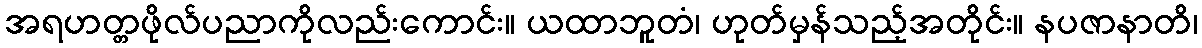
အရဟတ္တဖိုလ်ပညာကိုလည်းကောင်း။ ယထာဘူတံ၊ ဟုတ်မှန်သည့်အတိုင်း။ နပဇာနာတိ၊